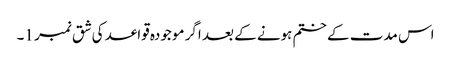
اس مدت کے ختم ہونے کے بعد اگر موجودہ قواعد کی شق نمبر 1۔